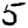
Digit: 5